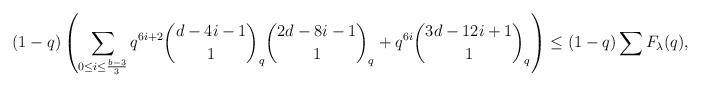
LaTeX: \begin{align*}(1-q)\left(\sum_{0\le i\le \frac{b-3}{3}}q^{6i+2}\binom{d-4i-1}{1}_q\binom{2d-8i-1}{1}_q + q^{6i}\binom{3d-12i+1}{1}_q\right)\leq (1-q)\sum F_{\lambda}(q),\end{align*}